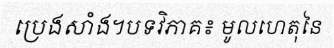
ប្រេងសាំង។បទវិភាគ៖ មូលហេតុនៃ